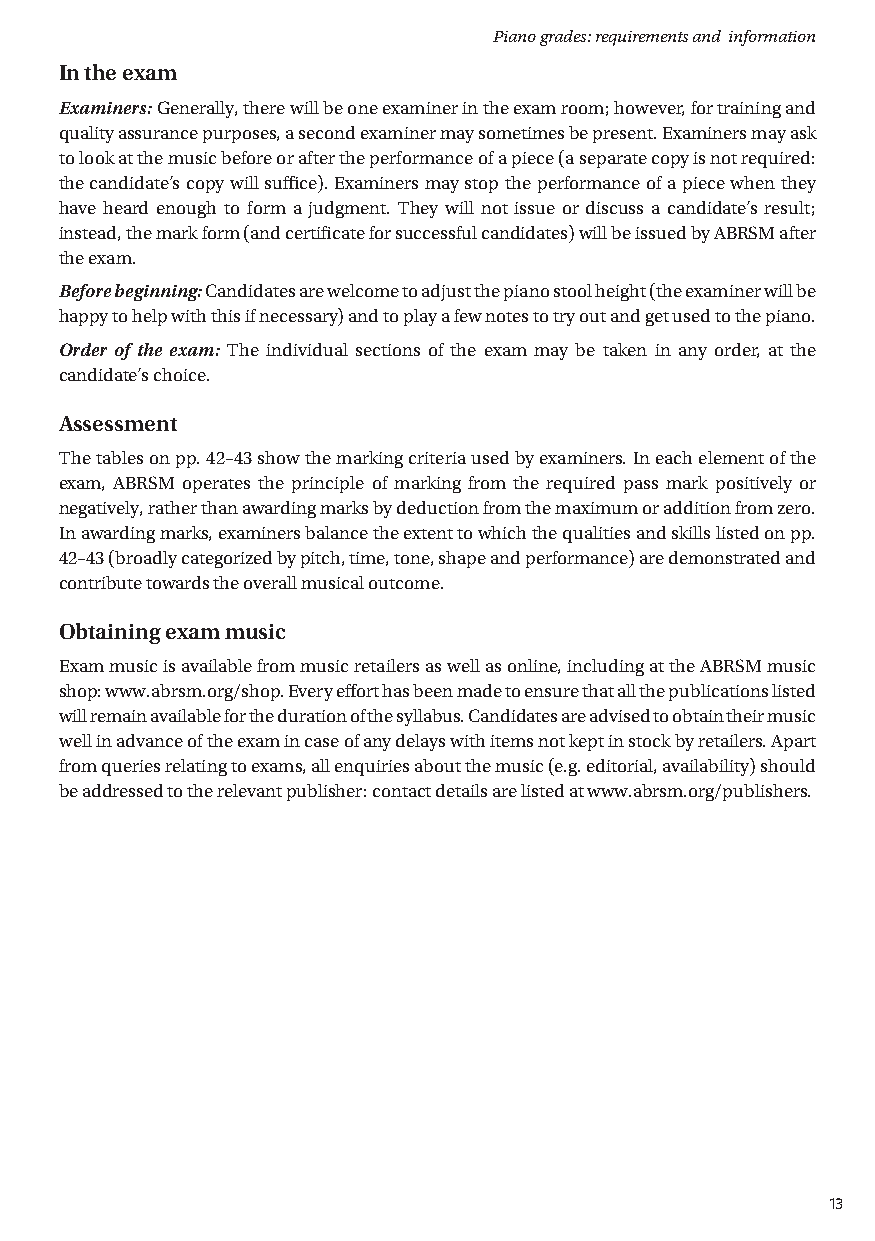
Piano grades: requirements and information
 In the exam
 Examiners: Generally, there will be one examiner in the exam room; however, for training and
 quality assurance purposes, a second examiner may sometimes be present. Examiners may ask
 to look at the music before or after the performance of a piece (a separate copy is not required:
 the candidate’s copy will suffice). Examiners may stop the performance of a piece when they
 have heard enough to form a judgment. T hey will not issue or discuss a candidate’s result;
 instead, the mark form (and certificate for successful candidates) will be issued by ABRSM after
 the exam.
 Before beginning: Candidates are welcome to adjust the piano stool height (the examiner will be
 happy to help with this if necessary) and to play a few notes to try out and get used to the piano.
 Order of the exam: T he individual sections of the exam may be taken in any order, at the
 candidate’s choice.
 Assessment
 T he tables on pp. 42–43 show the marking criteria used by examiners. In each element of the
 exam, ABRSM operates the principle of marking from the required pass mark positively or
 negatively, rather than awarding marks by deduction from the maximum or addition from zero.
 In awarding marks, examiners balance the extent to which the qualities and skills listed on pp.
 42–43 (broadly categorized by pitch, time, tone, shape and performance) are demonstrated and
 contribute towards the overall musical outcome.
 Obtaining exam music
 Exam music is available from music retailers as well as online, including at the ABRSM music
 shop: www.abrsm.org/shop. Every effort has been made to ensure that all the publications listed
 will remain available for the duration of the syllabus. Candidates are advised to obtain their music
 well in advance of the exam in case of any delays with items not kept in stock by retailers. Apart
 from queries relating to exams, all enquiries about the music (e.g. editorial, availability) should
 be addressed to the relevant publisher: contact details are listed at www.abrsm.org/publishers.
 13